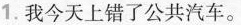
1.我今天上错了公共汽车。